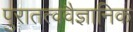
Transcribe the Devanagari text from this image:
पुरातत्ववैज्ञानिक